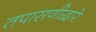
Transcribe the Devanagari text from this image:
तपासणीद्वारे